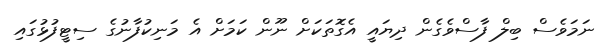
ނަމަވެސް ބިލް ފާސްވެގެން ދިޔައީ އެގޮތަކަށް ނޫން ކަމަށް އެ މަނިކުފާނުގެ ސިޓީފުޅުގައި